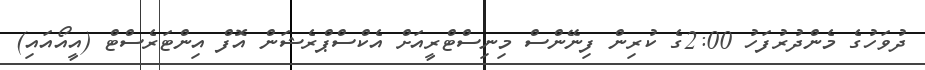
ދުވަހުގެ މެންދުރުފަހު 2:00ގެ ކުރިން ފިނޭންސް މިނިސްޓްރީއަށް އެކްސްޕްރެޝަން އޮފް އިންޓަރެސްޓް (އީއޯއައި)